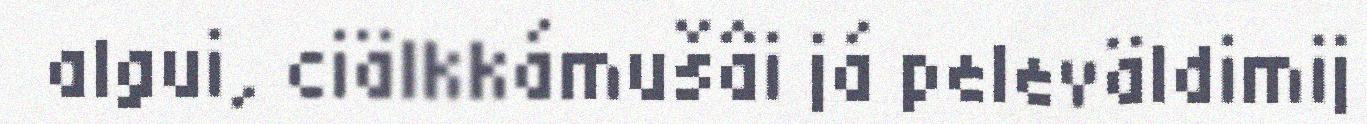
algui, ciälkkámušâi já peleväldimij